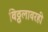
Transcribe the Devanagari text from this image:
विठ्ठलावरही